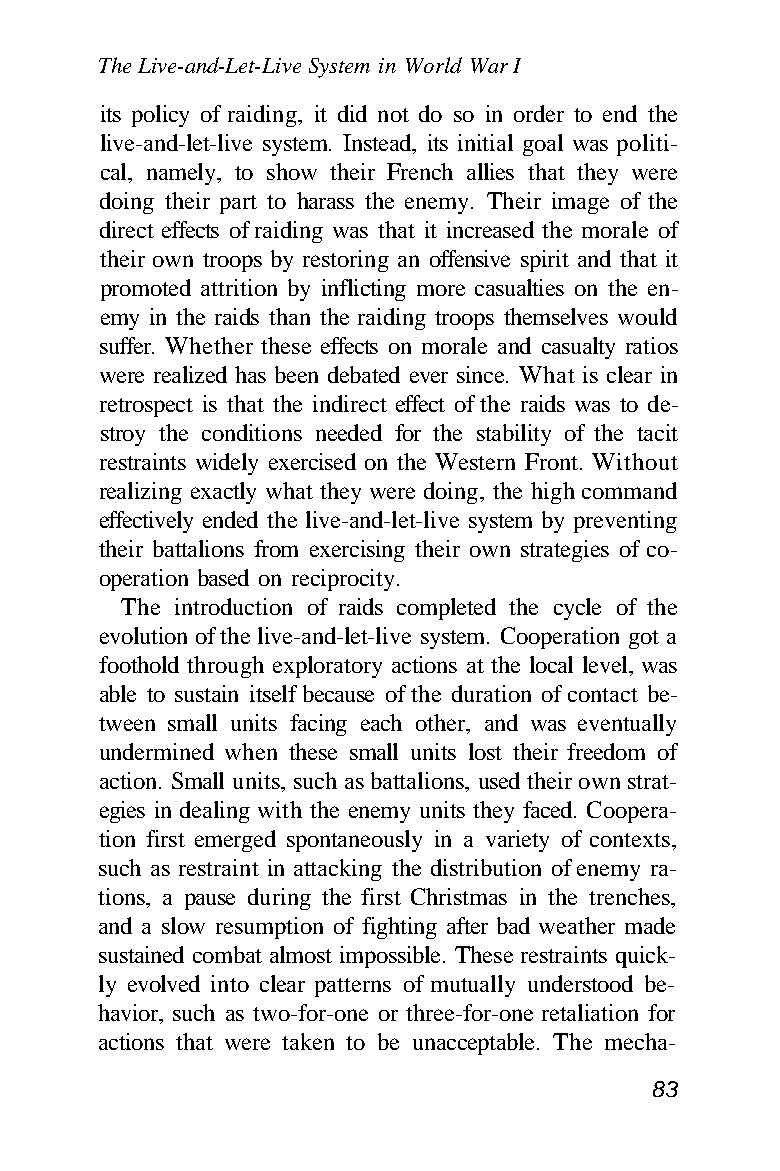
The Live-and-Let-Live System in World War I
 its policy of raiding, it did not do so in order to end the
 live-and-let-live system. Instead, its initial goal was politi-
 cal, namely, to show their French allies that they were
 doing their part to harass the enemy. Their image of the
 direct effects of raiding was that it increased the morale of
 their own troops by restoring an offensive spirit and that it
 promoted attrition by inflicting more casualties on the en-
 emy in the raids than the raiding troops themselves would
 suffer. Whether these effects on morale and casualty ratios
 were realized has been debated ever since. What is clear in
 retrospect is that the indirect effect of the raids was to de-
 stroy the conditions needed for the stability of the tacit
 restraints widely exercised on the Western Front. Without
 realizing exactly what they were doing, the high command
 effectively ended the live-and-let-live system by preventing
 their battalions from exercising their own strategies of co-
 operation based on reciprocity.
 The introduction of raids completed the cycle of the
 evolution of the live-and-let-live system. Cooperation got a
 foothold through exploratory actions at the local level, was
 able to sustain itself because of the duration of contact be-
 tween small units facing each other, and was eventually
 undermined when these small units lost their freedom of
 action. Small units, such as battalions, used their own strat-
 egies in dealing with the enemy units they faced. Coopera-
 tion first emerged spontaneously in a variety of contexts,
 such as restraint in attacking the distribution of enemy ra-
 tions, a pause during the first Christmas in the trenches,
 and a slow resumption of fighting after bad weather made
 sustained combat almost impossible. These restraints quick-
 ly evolved into clear patterns of mutually understood be-
 havior, such as two-for-one or three-for-one retaliation for
 actions that were taken to be unacceptable. The mecha-
 83